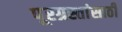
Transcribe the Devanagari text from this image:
पूरग्रस्तांसाठी